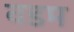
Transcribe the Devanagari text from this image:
वडम